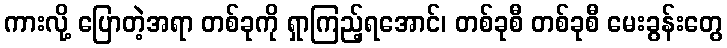
ကားလို့ ပြောတဲ့အရာ တစ်ခုကို ရှာကြည့်ရအောင်၊ တစ်ခုစီ တစ်ခုစီ မေးခွန်းတွေ